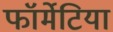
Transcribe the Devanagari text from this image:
फॉर्मेटिया